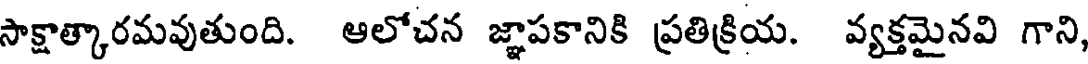
సాక్షాత్కారమవుతుంది. ఆలోచన జ్ఞాపకానికి ప్రతిక్రియ. వ్యక్తమైనవి గాని,